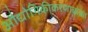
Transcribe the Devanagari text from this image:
औद्योगिकीकरणाबाबत